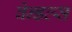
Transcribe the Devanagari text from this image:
वेन्डल्स